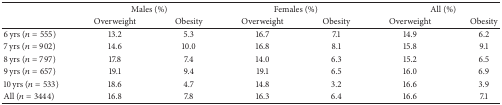
<table><thead><tr><td><b> </b></td><td colspan="2"><b>Males (%)</b></td><td colspan="2"><b>Females (%)</b></td><td colspan="2"><b>All (%)</b></td></tr><tr><td><b> </b></td><td><b>Overweight</b></td><td><b>Obesity</b></td><td><b>Overweight</b></td><td><b>Obesity</b></td><td><b>Overweight</b></td><td><b>Obesity</b></td></tr></thead><tbody><tr><td>6 yrs (<i>n</i> = 555)</td><td>13.2</td><td>5.3</td><td>16.7</td><td>7.1</td><td>14.9</td><td>6.2</td></tr><tr><td>7 yrs (<i>n</i> = 902)</td><td>14.6</td><td>10.0</td><td>16.8</td><td>8.1</td><td>15.8</td><td>9.1</td></tr><tr><td>8 yrs (<i>n</i> = 797)</td><td>17.8</td><td>7.4</td><td>14.0</td><td>6.3</td><td>15.2</td><td>6.5</td></tr><tr><td>9 yrs (<i>n</i> = 657)</td><td>19.1</td><td>9.4</td><td>19.1</td><td>6.5</td><td>16.0</td><td>6.9</td></tr><tr><td>10 yrs (<i>n</i> = 533)</td><td>18.6</td><td>4.7</td><td>14.8</td><td>3.2</td><td>16.6</td><td>3.9</td></tr><tr><td>All (<i>n</i> = 3444)</td><td>16.8</td><td>7.8</td><td>16.3</td><td>6.4</td><td>16.6</td><td>7.1</td></tr></tbody></table>